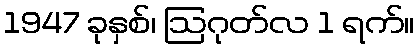
1947 ခုနှစ်၊ ဩဂုတ်လ 1 ရက်။